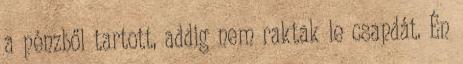
a pénzből tartott, addig nem raktak le csapdát. Én